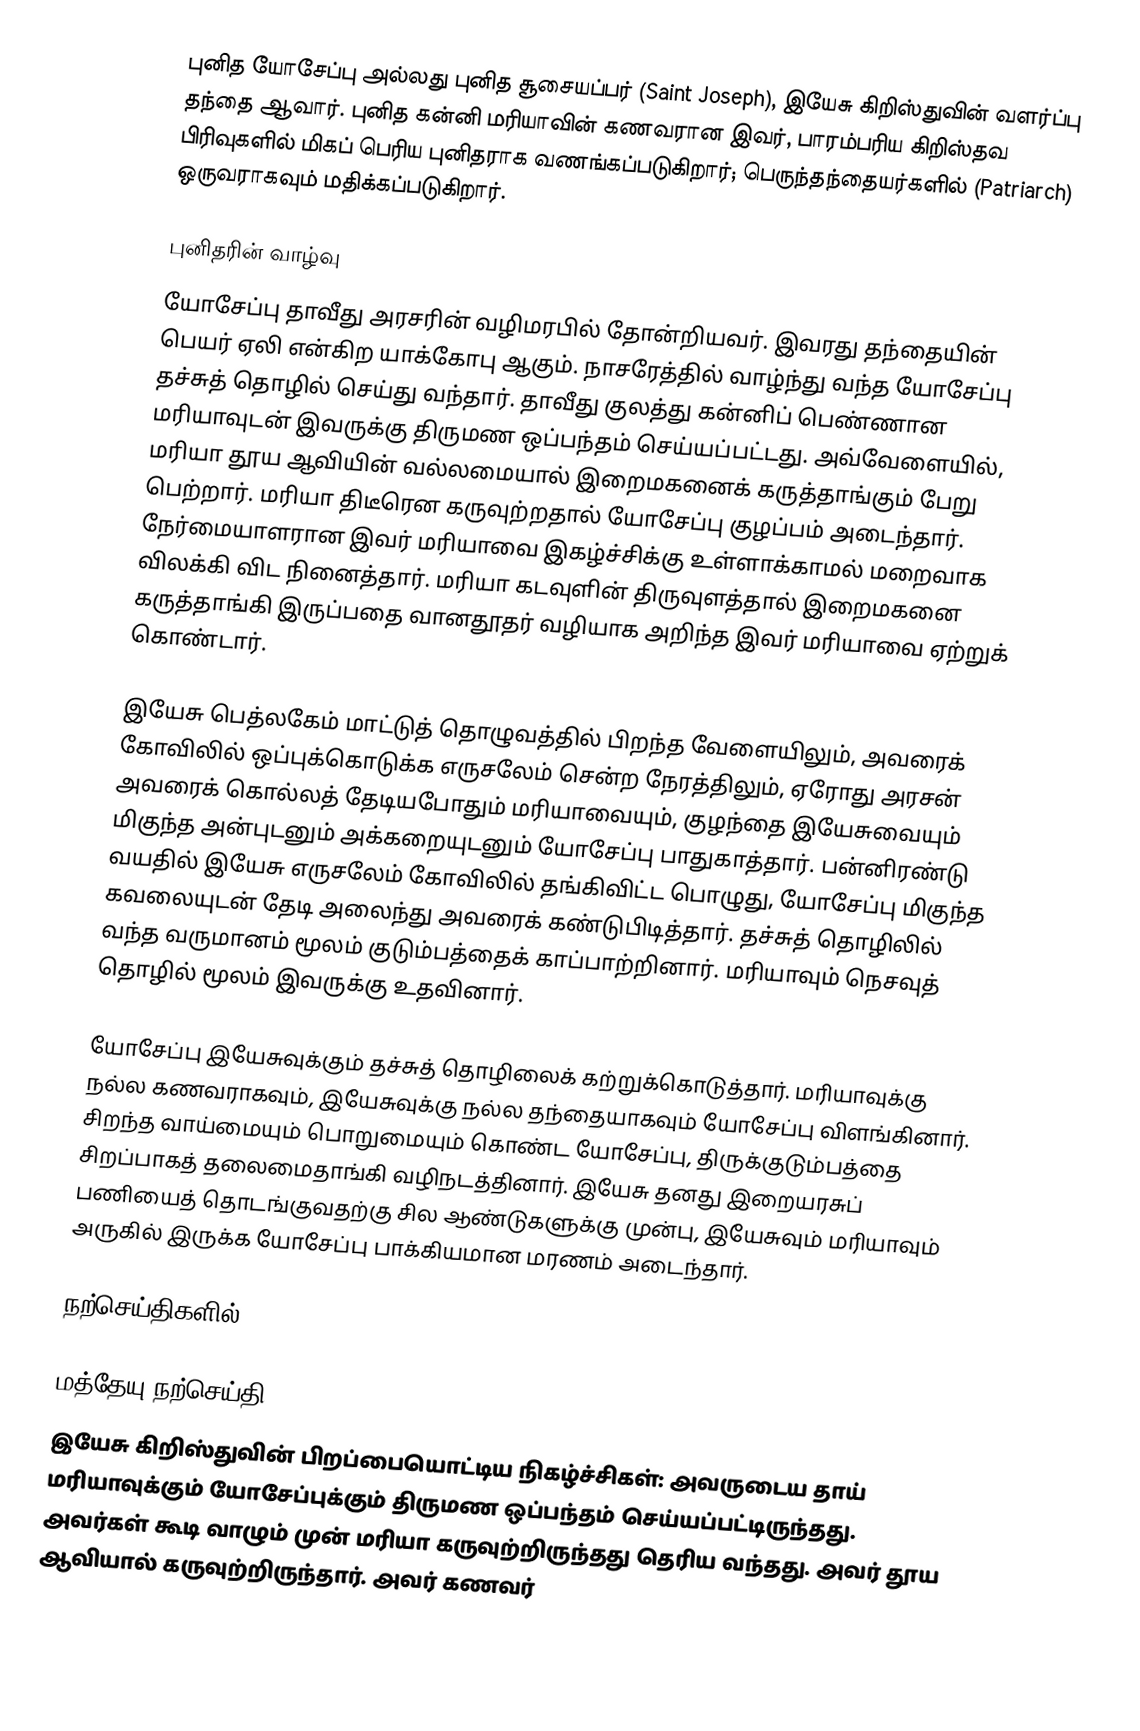
புனித யோசேப்பு அல்லது புனித சூசையப்பர் (Saint Joseph), இயேசு கிறிஸ்துவின் வளர்ப்பு தந்தை ஆவார். புனித கன்னி மரியாவின் கணவரான இவர், பாரம்பரிய கிறிஸ்தவ பிரிவுகளில் மிகப் பெரிய புனிதராக வணங்கப்படுகிறார்; பெருந்தந்தையர்களில் (Patriarch) ஒருவராகவும் மதிக்கப்படுகிறார்.

புனிதரின் வாழ்வு
யோசேப்பு தாவீது அரசரின் வழிமரபில் தோன்றியவர். இவரது தந்தையின் பெயர் ஏலி என்கிற யாக்கோபு ஆகும். நாசரேத்தில் வாழ்ந்து வந்த யோசேப்பு தச்சுத் தொழில் செய்து வந்தார். தாவீது குலத்து கன்னிப் பெண்ணான மரியாவுடன் இவருக்கு திருமண ஒப்பந்தம் செய்யப்பட்டது. அவ்வேளையில், மரியா தூய ஆவியின் வல்லமையால் இறைமகனைக் கருத்தாங்கும் பேறு பெற்றார். மரியா திடீரென கருவுற்றதால் யோசேப்பு குழப்பம் அடைந்தார். நேர்மையாளரான இவர் மரியாவை இகழ்ச்சிக்கு உள்ளாக்காமல் மறைவாக விலக்கி விட நினைத்தார். மரியா கடவுளின் திருவுளத்தால் இறைமகனை கருத்தாங்கி இருப்பதை வானதூதர் வழியாக அறிந்த இவர் மரியாவை ஏற்றுக் கொண்டார்.

இயேசு பெத்லகேம் மாட்டுத் தொழுவத்தில் பிறந்த வேளையிலும், அவரைக் கோவிலில் ஒப்புக்கொடுக்க எருசலேம் சென்ற நேரத்திலும், ஏரோது அரசன் அவரைக் கொல்லத் தேடியபோதும் மரியாவையும், குழந்தை இயேசுவையும் மிகுந்த அன்புடனும் அக்கறையுடனும் யோசேப்பு பாதுகாத்தார். பன்னிரண்டு வயதில் இயேசு எருசலேம் கோவிலில் தங்கிவிட்ட பொழுது, யோசேப்பு மிகுந்த கவலையுடன் தேடி அலைந்து அவரைக் கண்டுபிடித்தார். தச்சுத் தொழிலில் வந்த வருமானம் மூலம் குடும்பத்தைக் காப்பாற்றினார். மரியாவும் நெசவுத் தொழில் மூலம் இவருக்கு உதவினார்.

யோசேப்பு இயேசுவுக்கும் தச்சுத் தொழிலைக் கற்றுக்கொடுத்தார். மரியாவுக்கு நல்ல கணவராகவும், இயேசுவுக்கு நல்ல தந்தையாகவும் யோசேப்பு விளங்கினார். சிறந்த வாய்மையும் பொறுமையும் கொண்ட யோசேப்பு, திருக்குடும்பத்தை சிறப்பாகத் தலைமைதாங்கி வழிநடத்தினார். இயேசு தனது இறையரசுப் பணியைத் தொடங்குவதற்கு சில ஆண்டுகளுக்கு முன்பு, இயேசுவும் மரியாவும் அருகில் இருக்க யோசேப்பு பாக்கியமான மரணம் அடைந்தார்.

நற்செய்திகளில்

மத்தேயு நற்செய்தி
இயேசு கிறிஸ்துவின் பிறப்பையொட்டிய நிகழ்ச்சிகள்: அவருடைய தாய் மரியாவுக்கும் யோசேப்புக்கும் திருமண ஒப்பந்தம் செய்யப்பட்டிருந்தது. அவர்கள் கூடி வாழும் முன் மரியா கருவுற்றிருந்தது தெரிய வந்தது. அவர் தூய ஆவியால் கருவுற்றிருந்தார். அவர் கணவர்